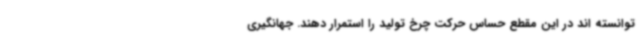
توانسته اند در این مقطع حساس حرکت چرخ تولید را استمرار دهند. جهانگیری